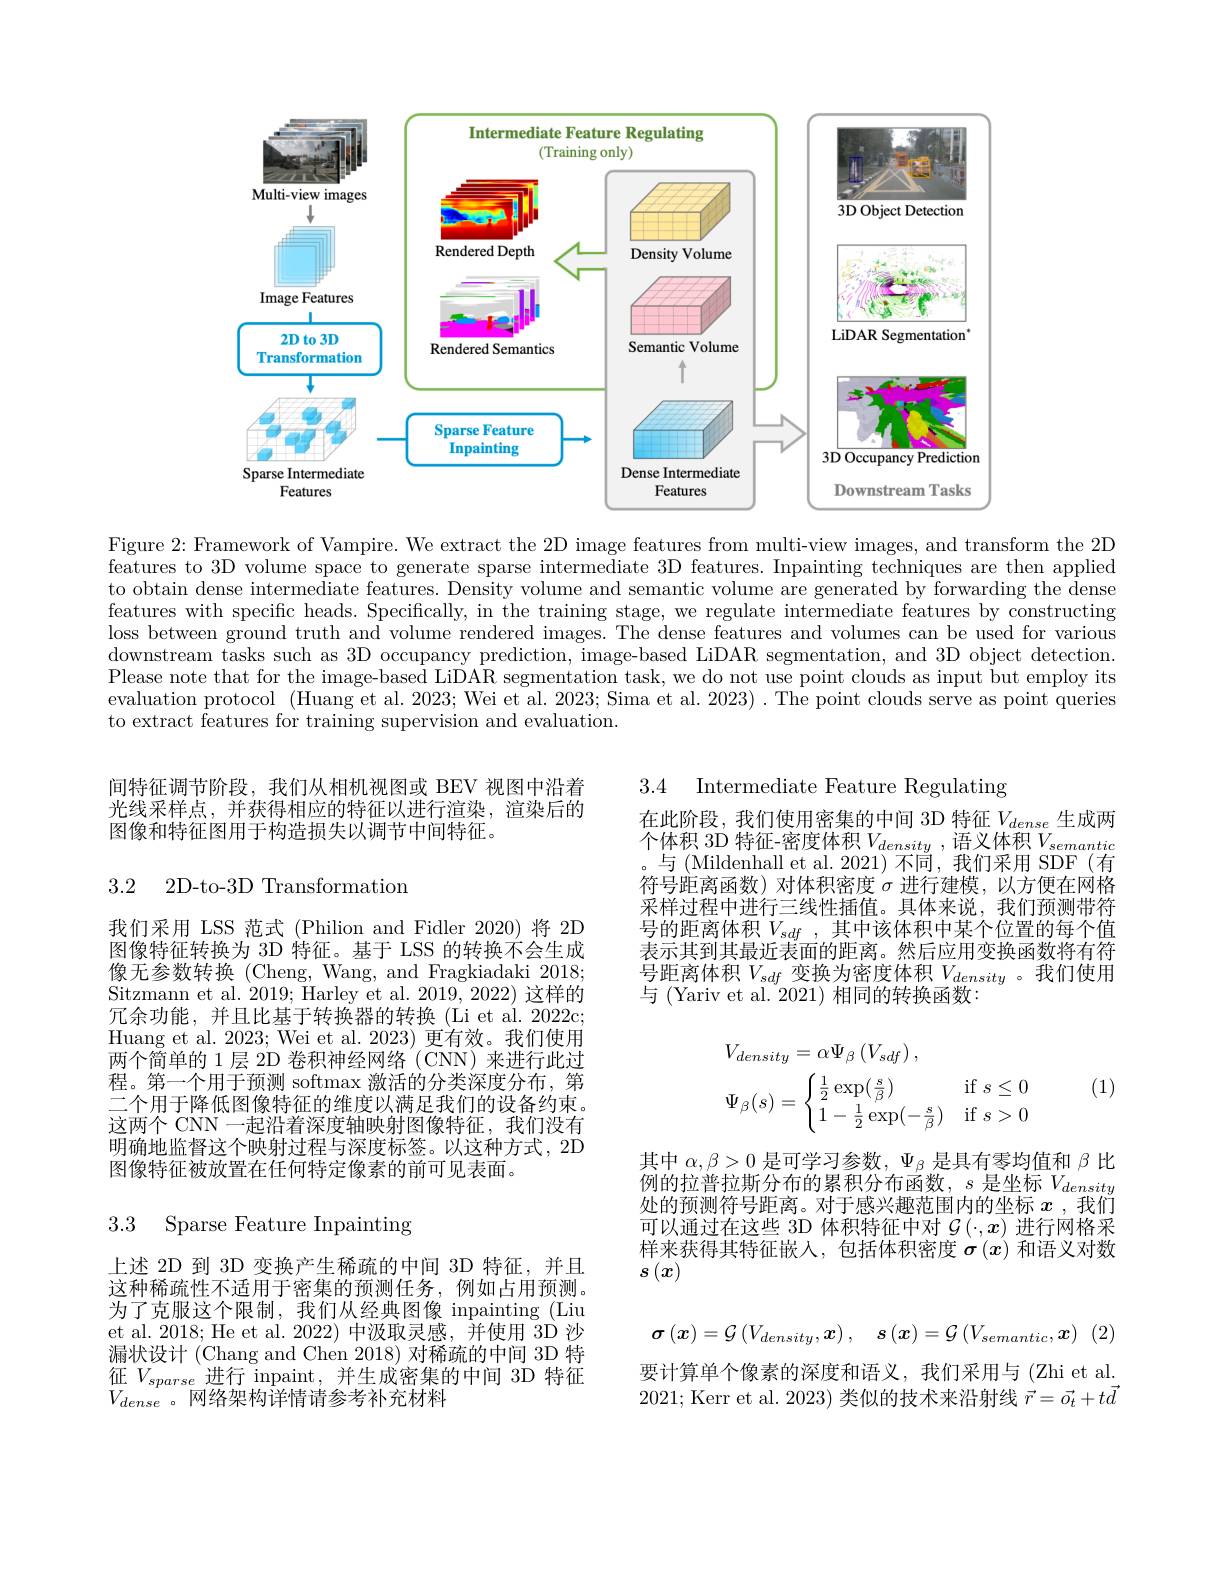
<FigureHere>

Figure 2: Framework of Vampire. We extract the 2D image features from multi-view images, and transform the 2D features to 3D volume space to generate sparse intermediate 3D features. Inpainting techniques are then applied to obtain dense intermediate features. Density volume and semantic volume are generated by forwarding the dense features with specific heads. Specifically, in the training stage, we regulate intermediate features by constructing loss between ground truth and volume rendered images. The dense features and volumes can be used for various downstream tasks such as 3D occupancy prediction, image-based LiDAR segmentation, and 3D object detection. Please note that for the image-based LiDAR segmentation task, we do not use point clouds as input but employ its evaluation protocol (Huang et al. 2023; Wei et al. 2023; Sima et al. 2023). The point clouds serve as point queries to extract features for training supervision and evaluation.

3.4 Intermediate Feature Regulating

间特征调节阶段，我们从相机视图或 BEV 视图中沿着光线采样点，并获得相应的特征以进行渲染，渲染后的图像和特征图用于构造损失以调节中间特征。

3.2 2D-to-3D Transformation

在此阶段，我们使用密集的中间 3D 特征$V_{dense}$生成两个体积 3D 特征-密度体积$V_density$,语义体积$V_semantic$ 与 (Mildenhall et al. 2021) 不同，我们采用 SDF (有符号距离函数)对体积密度$\sigma$进行建模，以方便在网格采样过程中进行三线性插值。具体来说，我们预测带符号的距离体积$V_{sdf}$,其中该体积中某个位置的每个值表示其到其最近表面的距离。然后应用变换函数将有符号距离体积$V_sdf$变换为密度体积$V_density$ 。我们使用与 (Yariv et al. 2021) 相同的转换函数：

我们采用 LSS 范式 (Philion and Fidler 2020) 将 2D 图像特征转换为 3D 特征。基于 LSS 的转换不会生成像无参数转换(Cheng,Wang, and Fragkiadaki 2018; Sitzmann et al. 2019; Harley et al. 2019, 2022) 这样的冗余功能，并且比基于转换器的转换(Li et al. 2022c; Huang et al. 2023; Wei et al. 2023) 更有效。我们使用$\bar{\text{两 个 简 单 的 1 层 2D 卷 积 神 经 网 络 }^{\prime }} ($CNN)来进行此过程。第一个用于预测 softmax 激活的分类深度分布，第二个用于降低图像特征的维度以满足我们的设备约束。这两个 CNN 一起沿着深度轴映射图像特征，我们没有明确地监督这个映射过程与深度标签。以这种方式，2D 图像特征被放置在任何特定像素的前可见表面。
$$V_{density}=\alpha\Psi_{\beta}\left(V_{sdf}\right),\\\Psi_{\beta}(s)=\begin{cases}\frac{1}{2}\exp(\frac{s}{\beta})&\text{if}\:s\leq0\\1-\frac{1}{2}\exp(-\frac{s}{\beta})&\text{if}\:s>0\end{cases}$$
(1)

其中$\alpha,\beta>0$是可学习参数，$\Psi_{\beta}$是具有零均值和$\beta$比例的拉普拉斯分布的累积分布函数，$s$是坐标$V_density$ 处的预测符号距离。对于感兴趣范围内的坐标$x$ ,我们可以通过在这些 3D 体积特征中对 $\mathcal{G}\left(\cdot,x\right)$进行网格采样来获得其特征嵌人，包括体积密度$\sigma\left(x\right)$和语义对数$s\left(x\right)$

## 3.3 Sparse Feature Inpainting

上述 2D 到 3D 变换产生稀疏的中间 3D 特征，并且这种稀疏性不适用于密集的预测任务，例如占用预测。为了克服这个限制，我们从经典图像 inpainting (Liu et al.2018; He et al. 2022) 中汲取灵感，并使用 3D 沙漏状设计 (Chang and Chen 2018) 对稀疏的中间 3D 特征$V_{sparse}$进行 inpaint,并生成密集的中间 3D 特征$V_{dense}$。网络架构详情请参考补充材料
$$\boldsymbol{\sigma}\left(\boldsymbol{x}\right)=\mathcal{G}\left(V_{density},\boldsymbol{x}\right),\quad s\left(\boldsymbol{x}\right)=\mathcal{G}\left(V_{semantic},\boldsymbol{x}\right)$$
要计算单个像素的深度和语义，我们采用与(Zhi et al. 2021; Kerr et al. 2023) 类似的技术来沿射线$\vec{r}=\vec{o_t}+t\vec{d}$